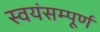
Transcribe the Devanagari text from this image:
स्वयंसम्पूर्ण